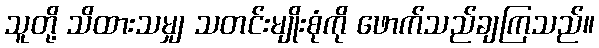
သူတို့ သိထားသမျှ သတင်းမျိုးစုံကို ဖောက်သည်ချကြသည်။